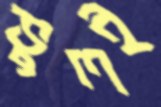
ভুলই